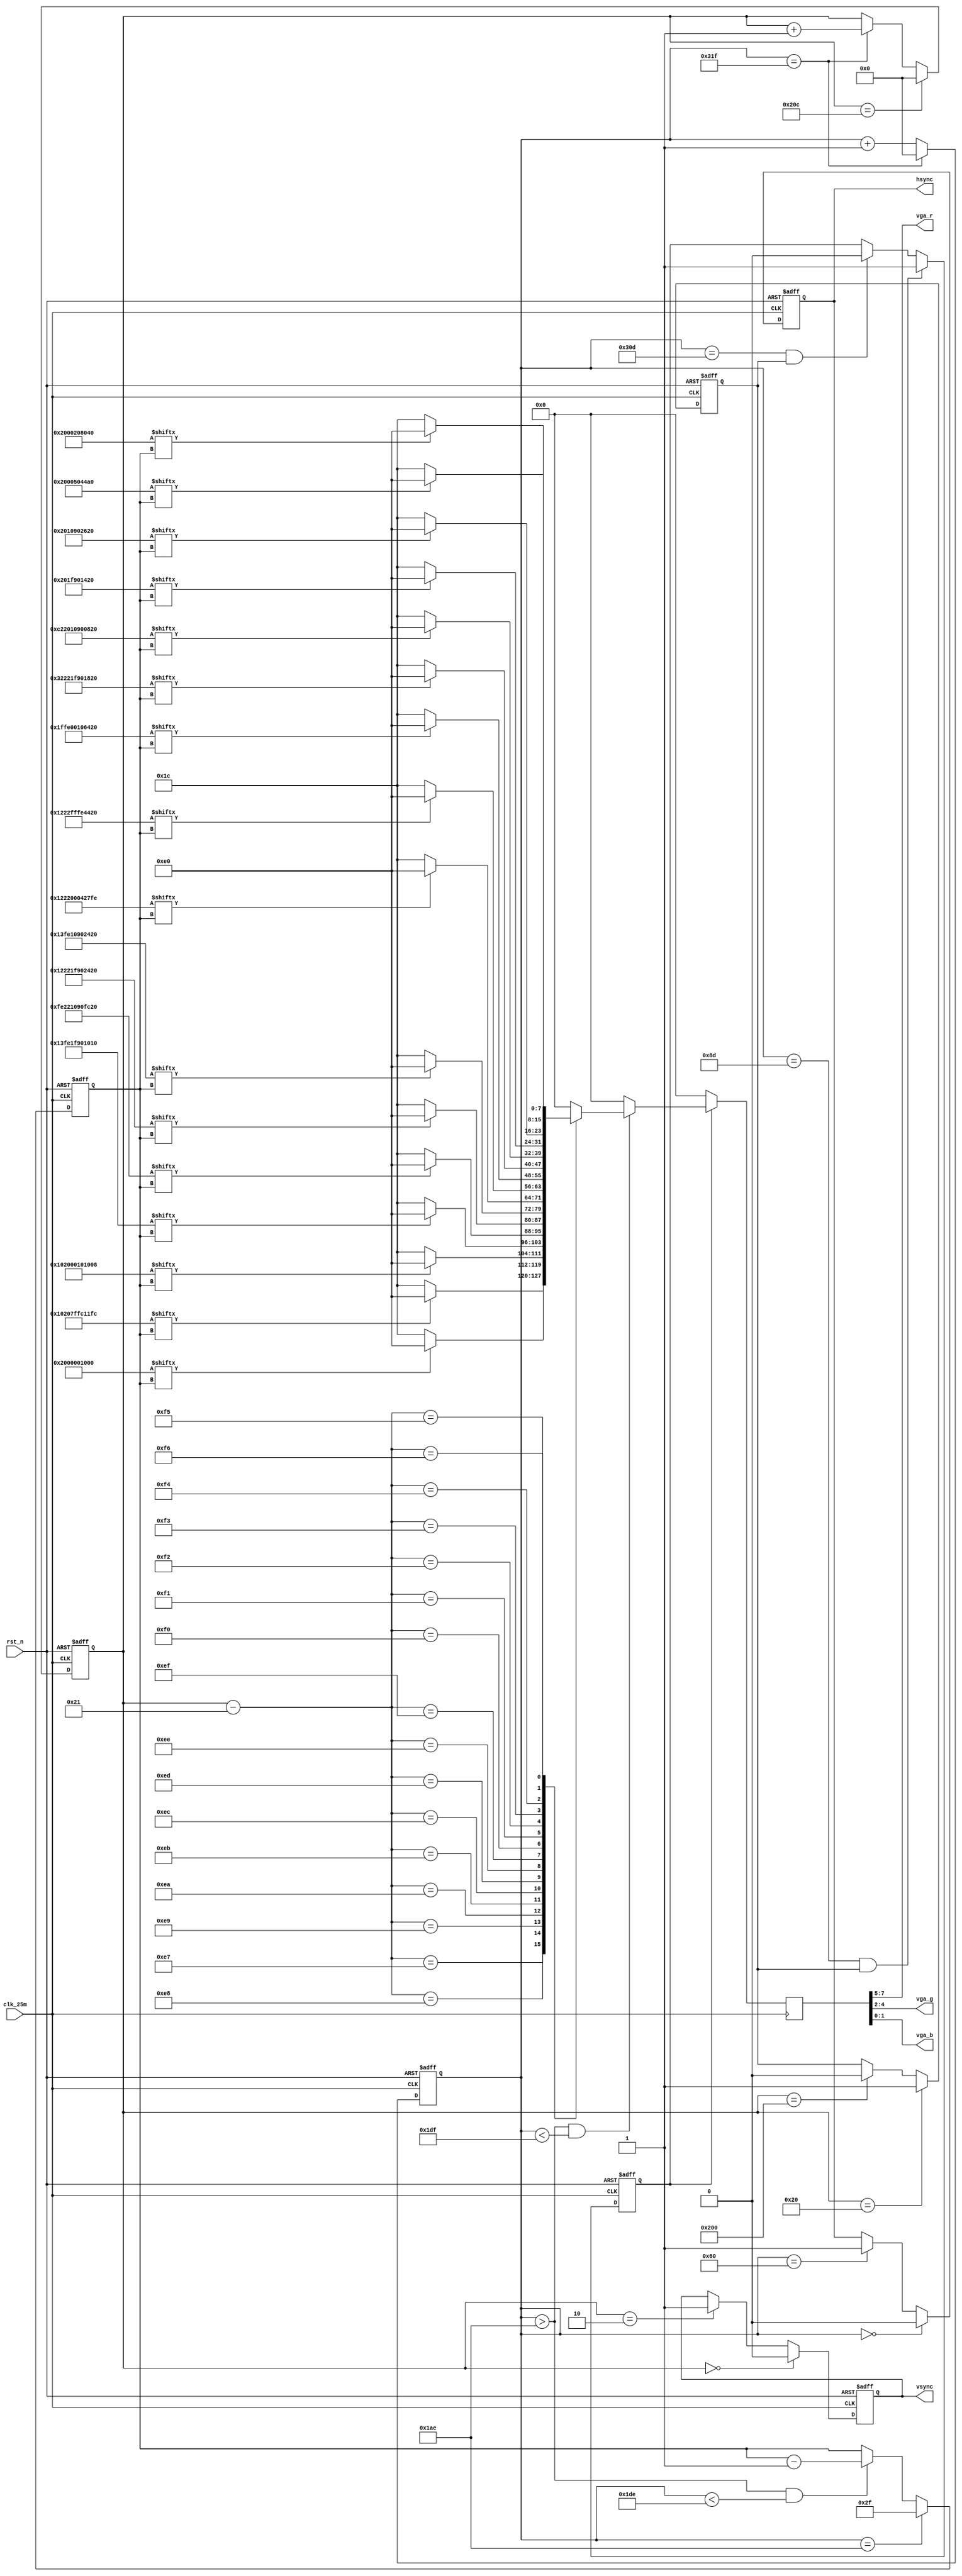
`timescale 1ns / 1ps
////////////////////////////////////////////////////////////////////////////////
// Company		: 
// Design Name	: vga_char
// Module Name	: vga_char
// Project Name	: vga_char
// Target Device: Cyclone EP1C3T144C8 
// Tool versions: Quartus II 8.1
// Description	: SF-EP1C6VGA
//					"EDN"
// Revision		: V1.0
// Additional Comments	:  
// EDNFPGA/CPLDhttp://group.ednchina.com/1375/
////////////////////////////////////////////////////////////////////////////////
module vga_char(	
				clk_25m,rst_n,	//
				hsync,vsync,vga_r,vga_g,vga_b	// VGA
			);

input clk_25m;	// 25MHz
input rst_n;	//

	// FPGAVGA
output hsync;	//
output vsync;	//
output[2:0] vga_r;
output[2:0] vga_g;
output[1:0] vga_b;

//--------------------------------------------------
	// 
reg[9:0] x_cnt;		//
reg[9:0] y_cnt;		//

always @ (posedge clk_25m or negedge rst_n)
	if(!rst_n) x_cnt <= 10'd0;
	else if(x_cnt == 10'd799) x_cnt <= 10'd0;
	else x_cnt <= x_cnt+1'b1;

always @ (posedge clk_25m or negedge rst_n)
	if(!rst_n) y_cnt <= 10'd0;
	else if(y_cnt == 10'd524) y_cnt <= 10'd0;
	else if(x_cnt == 10'd799) y_cnt <= y_cnt+1'b1;

//--------------------------------------------------
	// VGA,
reg hsync_r,vsync_r;	//
 
always @ (posedge clk_25m or negedge rst_n)
	if(!rst_n) hsync_r <= 1'b1;								
	else if(x_cnt == 10'd0) hsync_r <= 1'b0;	//hsync
	else if(x_cnt == 10'd96) hsync_r <= 1'b1;

always @ (posedge clk_25m or negedge rst_n)
	if(!rst_n) vsync_r <= 1'b1;							  
	else if(y_cnt == 10'd0) vsync_r <= 1'b0;	//vsync
	else if(y_cnt == 10'd2) vsync_r <= 1'b1;

assign hsync = hsync_r;
assign vsync = vsync_r;

//--------------------------------------------------
	//
reg valid_yr;	//
always @ (posedge clk_25m or negedge rst_n)
	if(!rst_n) valid_yr <= 1'b0;
	else if(y_cnt == 10'd32) valid_yr <= 1'b1;
	else if(y_cnt == 10'd512) valid_yr <= 1'b0;	

wire valid_y = valid_yr;

reg valid_r;	// VGA
always @ (posedge clk_25m or negedge rst_n)
	if(!rst_n) valid_r <= 1'b0;
	else if((x_cnt == 10'd141) && valid_y) valid_r <= 1'b1;
	else if((x_cnt == 10'd781) && valid_y) valid_r <= 1'b0;
	
wire valid = valid_r;		

//wire[9:0] x_dis;		//0-639
wire[9:0] y_dis;		//0-479

//assign x_dis = x_cnt - 10'd142;
assign y_dis = y_cnt - 10'd33;
//--------------------------------------------------

//-------------------------------------------------- 
	// VGA
/*
RGB = 000  		RGB = 100	
	= 001  			= 101	
	= 010			= 110	
	= 011			= 111	
*/	

/*EDN*/
parameter 	char_line0 = 24'h000000,
			char_line1 = 24'h000000,
			char_line2 = 24'h000000,
			char_line3 = 24'hfcf8c7,
			char_line4 = 24'h424462,
			char_line5 = 24'h484262,
			char_line6 = 24'h484252,
			char_line7 = 24'h784252,
			char_line8 = 24'h48424a,
			char_line9 = 24'h48424a,
			char_linea = 24'h40424a,
			char_lineb = 24'h424246,
			char_linec = 24'h424446,
			char_lined = 24'hfcf8e2,
			char_linee = 24'h000000,
			char_linef = 24'h000000;
			
/**/
parameter 	char_line00 = 24'h000010,
						char_line01 = 24'h200000,
						char_line02 = 24'h107F11,
						char_line03 = 24'h20FCFC,
						char_line04 = 24'h100010,
						char_line05 = 24'h201008,
						char_line06 = 24'h131F10,
						char_line07 = 24'hFE9010,
						char_line08 = 24'hFE10FC,
						char_line09 = 24'h229020,
						char_line0a = 24'h121F24,
						char_line0b = 24'h229020,
						char_line0c = 24'h131024,
						char_line0d = 24'hFE9020,
						char_line0e = 24'h120027,
						char_line0f = 24'h2204FE,
					 	char_line10 = 24'h12FF44,
						char_line11 = 24'h22FE20,
						char_line12 = 24'h1F0064,
						char_line13 = 24'hFE1020,
						char_line14 = 24'h321F18,
						char_line15 = 24'h229020,
						char_line16 = 24'hC21008,
						char_line17 = 24'h209020,
						char_line18 = 24'h001F14,
						char_line19 = 24'h209020,
						char_line1a = 24'h001026,
						char_line1b = 24'h209020,
						char_line1c = 24'h000044,
						char_line1d = 24'h2050A0,
						char_line1e = 24'h000080,
						char_line1f = 24'h202040;
						
parameter 	ichar_line0 = 48'h002000001000,
						ichar_line1 = 48'h10207FFC11FC,
						ichar_line2 = 48'h102000101008,
						ichar_line3 = 48'h13FE1F901010,
						ichar_line4 = 48'hFE221090FC20,
						ichar_line5 = 48'h12221F902420,
						ichar_line6 = 48'h13FE10902420,
						ichar_line7 = 48'h1222000427FE,
						ichar_line8 = 48'h1222FFFE4420,
						ichar_line9 = 48'h1FFE00106420,
						ichar_linea = 48'h32221F901820,
						ichar_lineb = 48'hC22010900820,
						ichar_linec = 48'h00201F901420,
						ichar_lined = 48'h002010902620,
						ichar_linee = 48'h0020005044A0,
						ichar_linef = 48'h002000208040;
			
reg[5:0] char_bit;	//

always @(posedge clk_25m or negedge rst_n)
	if(!rst_n) char_bit <= 6'h30;
	else if(x_cnt == 10'd430) char_bit <= 6'd47;	//
	else if(x_cnt > 10'd430 && x_cnt < 10'd478) char_bit <= char_bit-1'b1;	//
	
reg[7:0] vga_rgb;	// VGA

always @ (posedge clk_25m)
	if(!valid) vga_rgb <= 8'd0;
	else if(x_cnt > 10'd430 && x_cnt < 10'd479) begin
		case(y_dis)
			10'd231: if(ichar_line0[char_bit]) vga_rgb <= 8'b111_000_00;	//
					 else vga_rgb <= 8'b000_11100;	//
			10'd232: if(ichar_line1[char_bit]) vga_rgb <= 8'b111_000_00;	//
					 else vga_rgb <= 8'b000_111_00;	//
			10'd233: if(ichar_line2[char_bit]) vga_rgb <= 8'b111_000_00;	//
					 else vga_rgb <= 8'b000_111_00;	//
			10'd234: if(ichar_line3[char_bit]) vga_rgb <= 8'b111_000_00;	//
					 else vga_rgb <= 8'b000_111_00;	//
			10'd235: if(ichar_line4[char_bit]) vga_rgb <= 8'b111_000_00;	//
					 else vga_rgb <= 8'b000_111_00;	//
			10'd236: if(ichar_line5[char_bit]) vga_rgb <= 8'b111_000_00;	//
					 else vga_rgb <= 8'b000_111_00;	//
			10'd237: if(ichar_line6[char_bit]) vga_rgb <= 8'b111_000_00;	//
					 else vga_rgb <= 8'b000_111_00;	//
			10'd238: if(ichar_line7[char_bit]) vga_rgb <= 8'b111_000_00;	//
					 else vga_rgb <= 8'b000_111_00;	//
			10'd239: if(ichar_line8[char_bit]) vga_rgb <= 8'b111_000_00;	//
					 else vga_rgb <= 8'b000_111_00;	//
			10'd240: if(ichar_line9[char_bit]) vga_rgb <= 8'b111_000_00;	//
					 else vga_rgb <= 8'b000_111_00;	//
			10'd241: if(ichar_linea[char_bit]) vga_rgb <= 8'b111_000_00;	//
					 else vga_rgb <= 8'b000_111_00;	//		 		 		 		 		 
			10'd242: if(ichar_lineb[char_bit]) vga_rgb <= 8'b111_000_00;	//
					 else vga_rgb <= 8'b000_111_00;	//			 
			10'd243: if(ichar_linec[char_bit]) vga_rgb <= 8'b111_000_00;	//
					 else vga_rgb <= 8'b000_111_00;	//	
			10'd244: if(ichar_lined[char_bit]) vga_rgb <= 8'b111_000_00;	//
					 else vga_rgb <= 8'b000_111_00;	//	
			10'd245: if(ichar_linee[char_bit]) vga_rgb <= 8'b111_000_00;	//
					 else vga_rgb <= 8'b000_111_00;	//	
			10'd246: if(ichar_linef[char_bit]) vga_rgb <= 8'b111_000_00;	//
					 else vga_rgb <= 8'b000_111_00;	//			 		 		 		 
		default: vga_rgb <= 8'h00;
		endcase
	end
	else vga_rgb <= 8'h00;

/*
always @ (posedge clk_25m)
	if(!valid) vga_rgb <= 8'd0;
	else if(x_cnt > 10'd442 && x_cnt < 10'd467) begin
		case(y_dis)
			10'd223: if(char_line00[char_bit]) vga_rgb <= 8'b111_000_00;	//
					 else vga_rgb <= 8'b000_11100;	//
			10'd224: if(char_line01[char_bit]) vga_rgb <= 8'b111_000_00;	//
					 else vga_rgb <= 8'b000_111_00;	//
			10'd225: if(char_line02[char_bit]) vga_rgb <= 8'b111_000_00;	//
					 else vga_rgb <= 8'b000_111_00;	//
			10'd226: if(char_line03[char_bit]) vga_rgb <= 8'b111_000_00;	//
					 else vga_rgb <= 8'b000_111_00;	//
			10'd227: if(char_line04[char_bit]) vga_rgb <= 8'b111_000_00;	//
					 else vga_rgb <= 8'b000_111_00;	//
			10'd228: if(char_line05[char_bit]) vga_rgb <= 8'b111_000_00;	//
					 else vga_rgb <= 8'b000_111_00;	//
			10'd229: if(char_line06[char_bit]) vga_rgb <= 8'b111_000_00;	//
					 else vga_rgb <= 8'b000_111_00;	//
			10'd230: if(char_line07[char_bit]) vga_rgb <= 8'b111_000_00;	//
					 else vga_rgb <= 8'b000_111_00;	//
			10'd231: if(char_line08[char_bit]) vga_rgb <= 8'b111_000_00;	//
					 else vga_rgb <= 8'b000_111_00;	//
			10'd232: if(char_line09[char_bit]) vga_rgb <= 8'b111_000_00;	//
					 else vga_rgb <= 8'b000_111_00;	//
			10'd233: if(char_line0a[char_bit]) vga_rgb <= 8'b111_000_00;	//
					 else vga_rgb <= 8'b000_111_00;	//		 		 		 		 		 
			10'd234: if(char_line0b[char_bit]) vga_rgb <= 8'b111_000_00;	//
					 else vga_rgb <= 8'b000_111_00;	//			 
			10'd235: if(char_line0c[char_bit]) vga_rgb <= 8'b111_000_00;	//
					 else vga_rgb <= 8'b000_111_00;	//	
			10'd236: if(char_line0d[char_bit]) vga_rgb <= 8'b111_000_00;	//
					 else vga_rgb <= 8'b000_111_00;	//	
			10'd237: if(char_line0e[char_bit]) vga_rgb <= 8'b111_000_00;	//
					 else vga_rgb <= 8'b000_111_00;	//	
			10'd238: if(char_line0f[char_bit]) vga_rgb <= 8'b111_000_00;	//
					 else vga_rgb <= 8'b000_111_00;	//
			10'd239: if(char_line10[char_bit]) vga_rgb <= 8'b111_000_00;	//
					 else vga_rgb <= 8'b000_11100;	//
			10'd240: if(char_line11[char_bit]) vga_rgb <= 8'b111_000_00;	//
					 else vga_rgb <= 8'b000_111_00;	//
			10'd241: if(char_line12[char_bit]) vga_rgb <= 8'b111_000_00;	//
					 else vga_rgb <= 8'b000_111_00;	//
			10'd242: if(char_line13[char_bit]) vga_rgb <= 8'b111_000_00;	//
					 else vga_rgb <= 8'b000_111_00;	//
			10'd243: if(char_line14[char_bit]) vga_rgb <= 8'b111_000_00;	//
					 else vga_rgb <= 8'b000_111_00;	//
			10'd244: if(char_line15[char_bit]) vga_rgb <= 8'b111_000_00;	//
					 else vga_rgb <= 8'b000_111_00;	//
			10'd245: if(char_line16[char_bit]) vga_rgb <= 8'b111_000_00;	//
					 else vga_rgb <= 8'b000_111_00;	//
			10'd246: if(char_line17[char_bit]) vga_rgb <= 8'b111_000_00;	//
					 else vga_rgb <= 8'b000_111_00;	//
			10'd247: if(char_line18[char_bit]) vga_rgb <= 8'b111_000_00;	//
					 else vga_rgb <= 8'b000_111_00;	//
			10'd248: if(char_line19[char_bit]) vga_rgb <= 8'b111_000_00;	//
					 else vga_rgb <= 8'b000_111_00;	//
			10'd249: if(char_line1a[char_bit]) vga_rgb <= 8'b111_000_00;	//
					 else vga_rgb <= 8'b000_111_00;	//		 		 		 		 		 
			10'd250: if(char_line1b[char_bit]) vga_rgb <= 8'b111_000_00;	//
					 else vga_rgb <= 8'b000_111_00;	//			 
			10'd251: if(char_line1c[char_bit]) vga_rgb <= 8'b111_000_00;	//
					 else vga_rgb <= 8'b000_111_00;	//	
			10'd252: if(char_line1d[char_bit]) vga_rgb <= 8'b111_000_00;	//
					 else vga_rgb <= 8'b000_111_00;	//	
			10'd253: if(char_line1e[char_bit]) vga_rgb <= 8'b111_000_00;	//
					 else vga_rgb <= 8'b000_111_00;	//	
			10'd254: if(char_line1f[char_bit]) vga_rgb <= 8'b111_000_00;	//
					 else vga_rgb <= 8'b000_111_00;	//				 		 		 		 
		default: vga_rgb <= 8'h00;
		endcase
	end
	else vga_rgb <= 8'h00;
*/
	//r,g,b
assign vga_r = vga_rgb[7:5];
assign vga_g = vga_rgb[4:2];
assign vga_b = vga_rgb[1:0];

endmodule